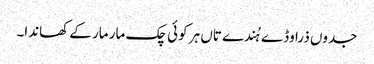
جدوں ذرا وڈے ہُندے تاں ہر کوئی چک مار مار کے کھاندا۔